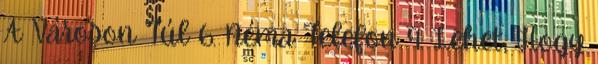
A Városon Túl 6. Néma Telefon 9. Lehet, Hogy